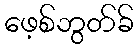
ဖေ့စ်ဘွတ်ခ်